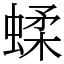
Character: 蝚